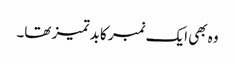
وہ بھی ایک نمبر کا بد تمیز تھا۔